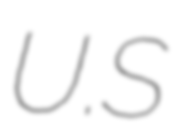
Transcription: U.S